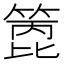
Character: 𥰑